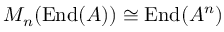
M _ { n } ( \operatorname { E n d } ( A ) ) \cong \operatorname { E n d } ( A ^ { n } )